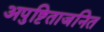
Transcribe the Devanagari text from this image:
अपुष्टिताजनित